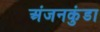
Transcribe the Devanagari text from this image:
अंजनकुंडा